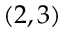
( 2 , 3 )